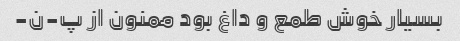
بسیار خوش طمع و داغ بود ممنون از پ-ن-